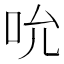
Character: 吮